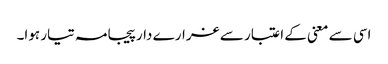
اسی سے معنی کے اعتبار سے غرارے دار پیجامہ تیار ہوا۔